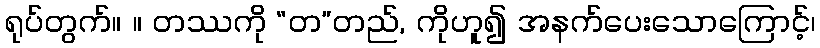
ရုပ်တွက်။ ။ တဿကို “တ”တည်, ကိုဟူ၍ အနက်ပေးသောကြောင့်၊